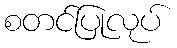
စတင်ပြုလုပ်